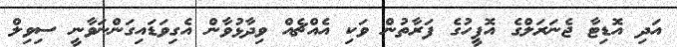
އަދި އޮޑިޓާ ޖެނަރަލްގެ އޮފީހުގެ ފަރާތުން ވަކި އެއްޗެއް ވިދާޅުވާން އެގިވަޑައިގަންނަވާނީ ސިވިލް